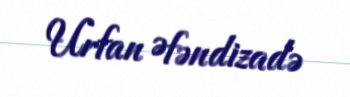
Urfan Əfəndizadə